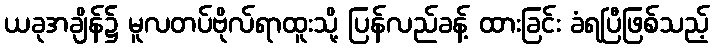
ယခုအချိန်၌ မူလတပ်ဗိုလ်ရာထူးသို့ ပြန်လည်ခန့် ထားခြင်း ခံရပြီဖြစ်သည့်